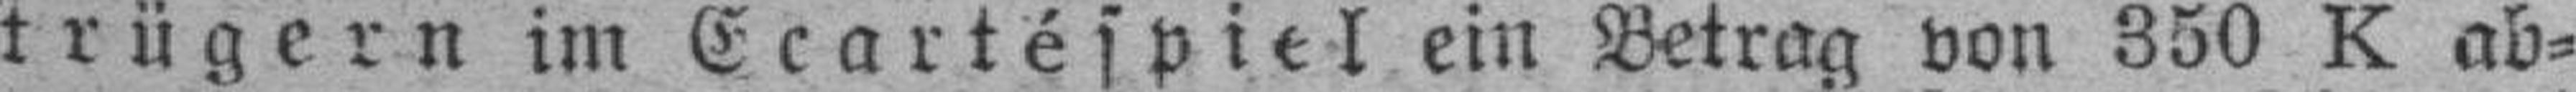
trügern im Ecartéspiel ein Betrag von 350 K ab¬